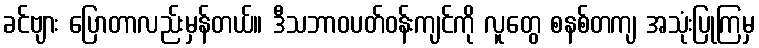
ခင်ဗျား ပြောတာလည်းမှန်တယ်။ ဒီသဘာဝပတ်ဝန်းကျင်ကို လူတွေ စနစ်တကျ အသုံးပြုကြမှ